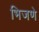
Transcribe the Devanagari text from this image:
भिजणे